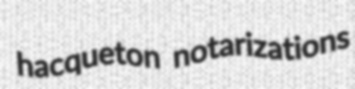
hacqueton notarizations